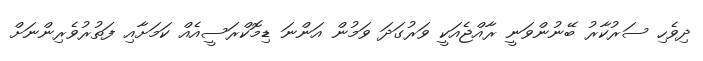
ދިވެހި ސަރުކާރު ބޭނުންވަނީ ރާއްޖެއަކީ ވަރުގަދަ ވަމުން އަންނަ ޑިމޮކްރަސީއެއް ކަމަށާއި ފަތުރުވެރިންނަށް